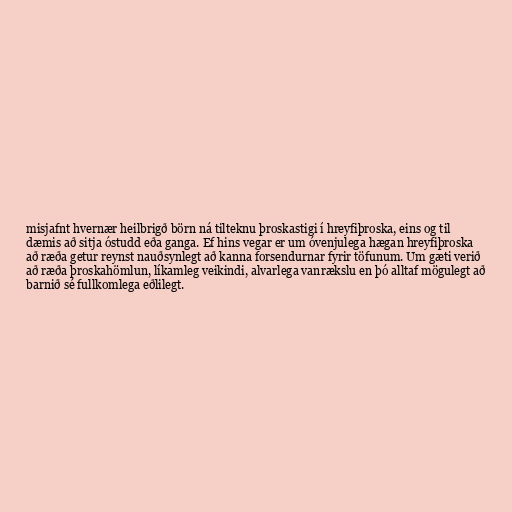
misjafnt hvernær heilbrigð börn ná tilteknu þroskastigi í hreyfiþroska, eins og til
dæmis að sitja óstudd eða ganga. Ef hins vegar er um óvenjulega hægan hreyfiþroska
að ræða getur reynst nauðsynlegt að kanna forsendurnar fyrir töfunum. Um gæti verið
að ræða þroskahömlun, líkamleg veikindi, alvarlega vanrækslu en þó alltaf mögulegt að
barnið sé fullkomlega eðlilegt.